Plague in India, 1896, 1897 - Volume 1
Year: 1896
Disease focus: Plague
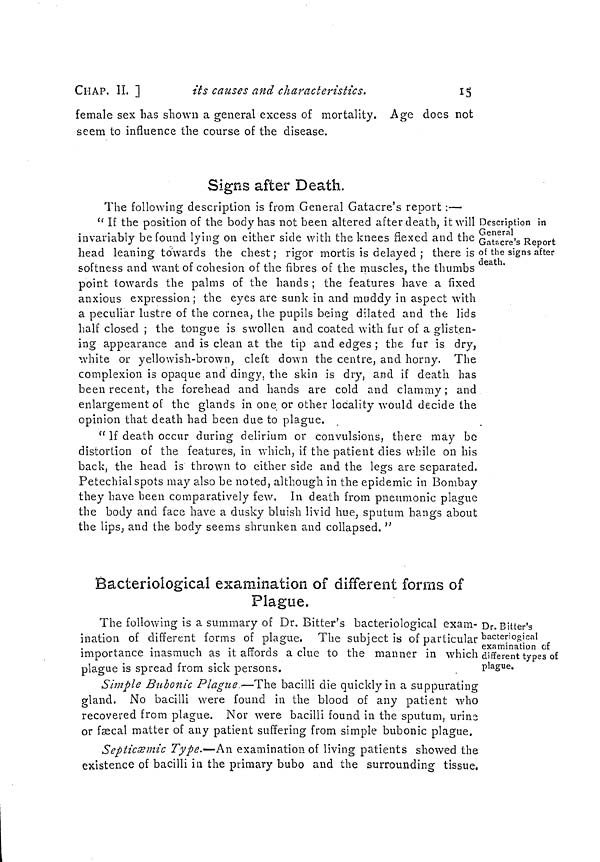
CHAP. IL ]
its causes and characteristics.
15
female sex has shown a general excess of mortality. Age does not
seem to influence the course of the disease.
Signs after Death.
Description in
General
Gatscre's Report
of the signs after
death.
The following description is from General Gatacre's report :—
" If the position of the body has not been altered after death, it will
invariably be found lying on either side with the knees flexed and the
head leaning towards the chest ; rigor mortis is delayed ; there is
softness and want of cohesion of the fibres of the muscles, the thumbs
point towards the palms of the hands ; the features have a fixed
anxious expression; the eyes are sunk in and muddy in aspect with
a peculiar lustre of the cornea, the pupils being dilated and the lids
half closed ; the tongue is swollen and coated with fur of a glisten-
ing appearance and is clean at the tip and edges ; the fur is dry,
white or yellowish-brown, cleft down the centre, and horny. The
complexion is opaque and dingy, the skin is dry, and if death has
been recent, the forehead and hands are cold and clammy ; and
enlargement of the glands in one or other locality would decide the
opinion that death had been due to plague.
" If death occur during delirium or convulsions, there may be
distortion of the features, in which, if the patient dies while on his
back, the head is thrown to either side and the legs are separated.
Petechial spots may also be noted, although in the epidemic in Bombay
they have been comparatively few. In death from pneumonic plague
the body and face have a dusky bluish livid hue, sputum hangs about
the lips, and the body seems shrunken and collapsed. "
Bacteriological examination of different forms of
Plague.
Dr. Bitter's
bacteriogical
examination of
different types of
plague.
The following is a summary of Dr. Bitter's bacteriological exam-
ination of different forms of plague. The subject is of particular
importance inasmuch as it affords a clue to the manner in which
plague is spread from sick persons.
Simple Bubonic Plague—The bacilli die quickly in a suppurating
gland. No bacilli were found in the blood of any patient who
recovered from plague. Nor were bacilli found in the sputum, urine
or fecal matter of any patient suffering from simple bubonic plague.
Septicæmic Type.—An examination of living patients showed the
existence of bacilli in the primary bubo and the surrounding tissue.